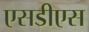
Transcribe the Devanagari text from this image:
एसडीएस